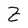
Character: Z